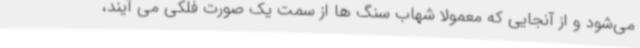
می‌شود و از آنجایی که معمولا شهاب سنگ ها از سمت یک صورت فلکی می آیند،